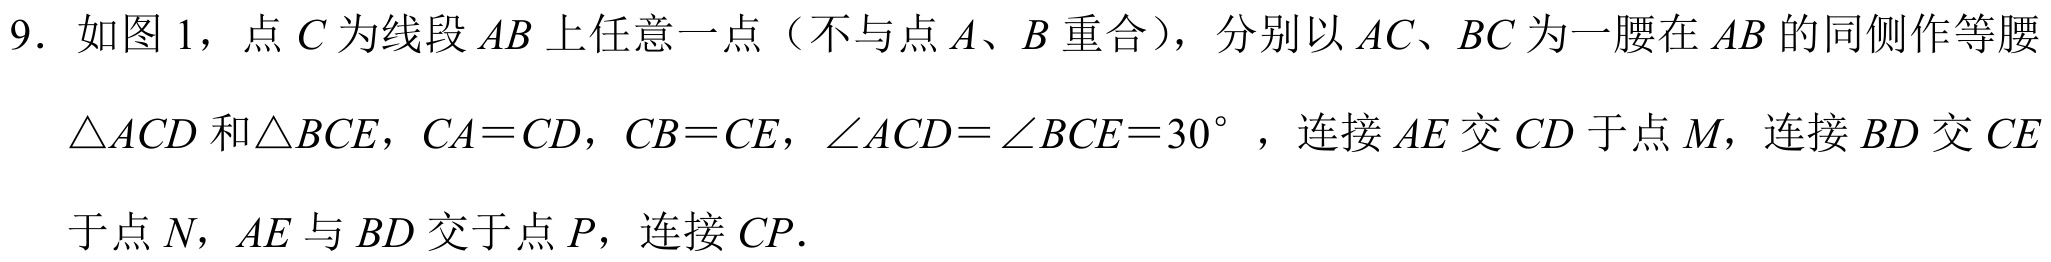
9. 如图1，点\(C\)为线段\(AB\)上任意一点（不与点\(A、B\)重合），分别以\(AC、BC\)为一腰在\(AB\)的同侧作等腰
\(\triangle ACD\)和\(\triangle BCE\)，\(CA = CD\)，\(CB = CE\)，\(\angle ACD=\angle BCE = 30^{\circ}\)，连接\(AE\)交\(CD\)于点\(M\)，连接\(BD\)交\(CE\)
于点\(N\)，\(AE\)与\(BD\)交于点\(P\)，连接\(CP\).